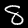
Label: 8